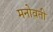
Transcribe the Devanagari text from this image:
मनोवती